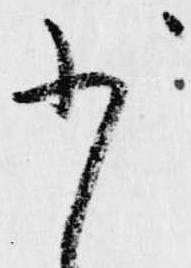
少